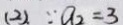
( 2 ) \because a _ { 2 } = 3